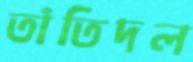
তাঁতিদল